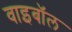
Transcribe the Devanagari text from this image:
वाइबॉल